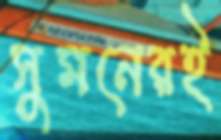
সুমনেরই